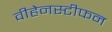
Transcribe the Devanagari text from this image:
वीहेनस्टीफन